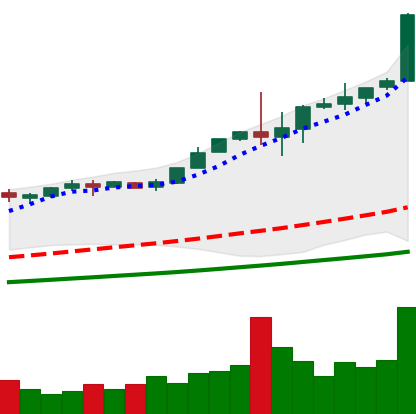
Ticker: BTC-USD
Chart end date: 2017-12-06
Forward return: 18.51%
Label: up_7plus